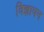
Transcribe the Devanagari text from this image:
विज्ञापन